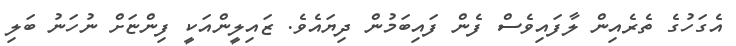
އެގަހުގެ ތެރެއިން ލާފައިވެސް ފެން ފައިބަމުން ދިޔައެވެ. ޒައިލީންއަކީ ފިންޏަށް ނުހަނު ބަލި